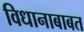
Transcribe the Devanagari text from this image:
विधानाबाबत